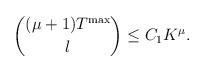
LaTeX: \begin{align*} \binom{(\mu+1)T^{\max}}{l}\leq C_1 K^\mu.\end{align*}